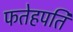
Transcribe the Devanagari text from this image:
फतेहपति